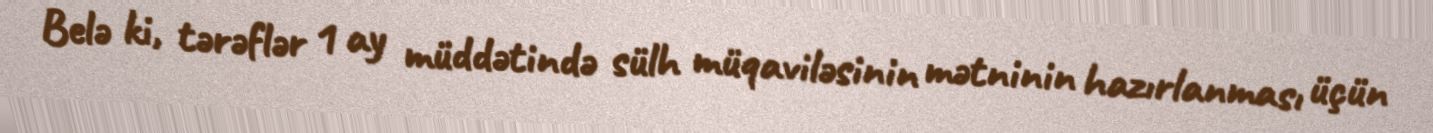
Belə ki, tərəflər 1 ay müddətində sülh müqaviləsinin mətninin hazırlanması üçün